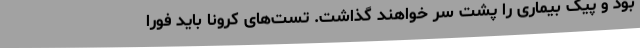
بود و پیک بیماری را پشت سر خواهند گذاشت. تست‌های کرونا باید فوراً